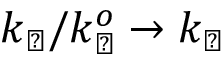
k _ { \perp } / k _ { \perp } ^ { o } \rightarrow k _ { \perp }